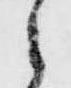
々